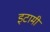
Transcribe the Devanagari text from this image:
इटामी